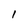
Character: I